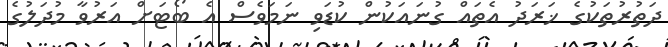
ދަތުރުތަކުގެ ޚަރަދު އެތައް ގުނައަކުން ކުޑަވި ނަމަވެސް އެ ބޯޓަށް އަރުވާ މުދަލުގެ